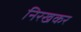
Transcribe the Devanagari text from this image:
निरखकर